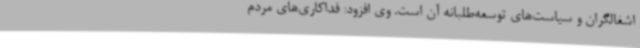
اشغالگران و سیاست‌های توسعه‌طلبانه آن است. وی افزود: فداکاری‌های مردم